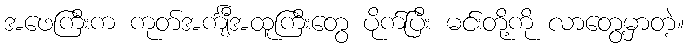
အဖေကြီးက ကုတ်အင်္ကျီအထူကြီးတွေ ပိုက်ပြီး မင်းတို့ကို လာတွေ့မှာတဲ့။